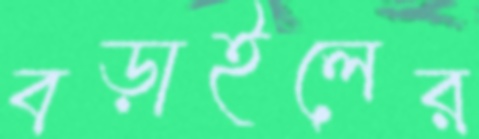
বড়াইলের